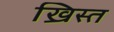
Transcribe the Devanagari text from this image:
ख्रिस्‍त्‍ा